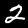
Digit: 2